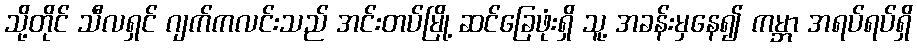
သို့တိုင် သီလရှင် ဂျက်ကလင်းသည် အင်းတပ်မြို့ ဆင်ခြေဖုံးရှိ သူ့ အခန်းမှနေ၍ ကမ္ဘာ အရပ်ရပ်ရှိ